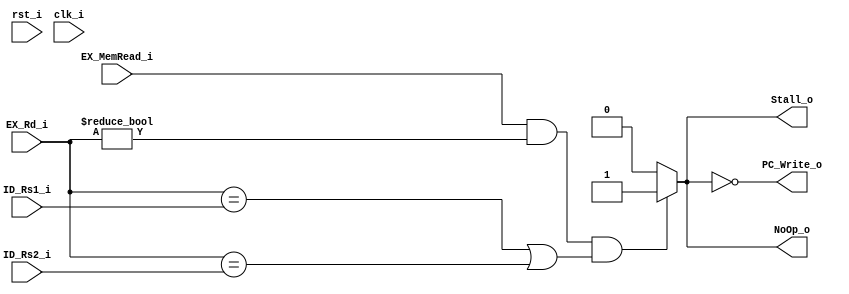
module HarzardUnit (
    input [4:0] ID_Rs1_i,
    input [4:0] ID_Rs2_i,
    input [4:0] EX_Rd_i,
    input EX_MemRead_i,

    input rst_i, clk_i,

    output NoOp_o, Stall_o, PC_Write_o
);
    wire wirex = ((EX_MemRead_i && EX_Rd_i != 5'b0) && ((EX_Rd_i == ID_Rs1_i) || (EX_Rd_i == ID_Rs2_i))) ? 1'b1 : 1'b0;
    assign NoOp_o = wirex;
    assign Stall_o = wirex;
    assign PC_Write_o = ~wirex;
endmodule